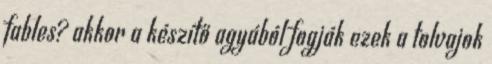
fables? akkor a készítő agyából fogják ezek a tolvajok